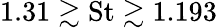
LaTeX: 1.31\gtrsim\textrm{St}\gtrsim 1.193